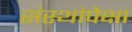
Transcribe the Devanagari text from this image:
संस्थांपेक्षा